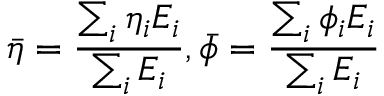
\footnotesize \bar { \eta } = \frac { \sum _ { i } \eta _ { i } E _ { i } } { \sum _ { i } E _ { i } } , \bar { \phi } = \frac { \sum _ { i } \phi _ { i } E _ { i } } { \sum _ { i } E _ { i } }